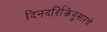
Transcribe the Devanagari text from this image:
दिनदर्शिकेनुसारचे